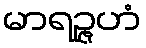
မာရဉ္ဇဟံ